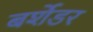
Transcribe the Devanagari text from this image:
बर्शेडर